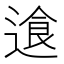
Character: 𬨷